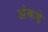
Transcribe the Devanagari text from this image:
अंकड़े